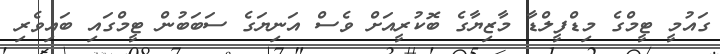
ގައުމީ ޓީމްގެ މިޑްފީލްޑާ މާޒިޔާގެ ބޮކުރީއަށް ވެސް އަނިޔަގެ ސަބަބުން ޓީމްގައި ބައިވެރި